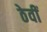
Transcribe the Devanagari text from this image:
ठेवीं